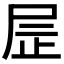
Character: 𫵙